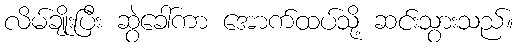
လိမ်ချိုးပြီး ဆွဲခေါ်ကာ အောက်ထပ်သို့ ဆင်းသွားသည်။